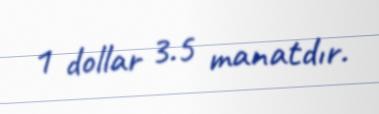
1 dollar 3.5 manatdır.